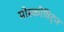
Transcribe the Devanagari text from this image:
मोस्कोविट्ज